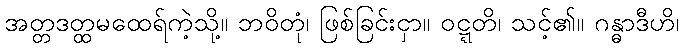
အတ္တဒတ္ထမထေရ်ကဲ့သို့။ ဘဝိတုံ၊ ဖြစ်ခြင်းငှာ။ ဝဋ္ဋတိ၊ သင့်၏။ ဂန္ဓာဒီဟိ၊